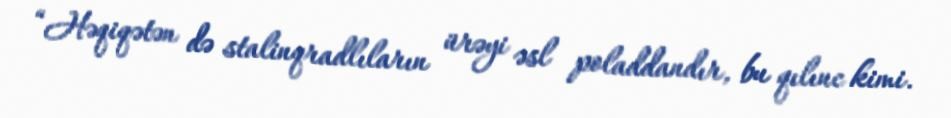
“Həqiqətən də stalinqradlıların ürəyi əsl poladdandır, bu qılınc kimi.